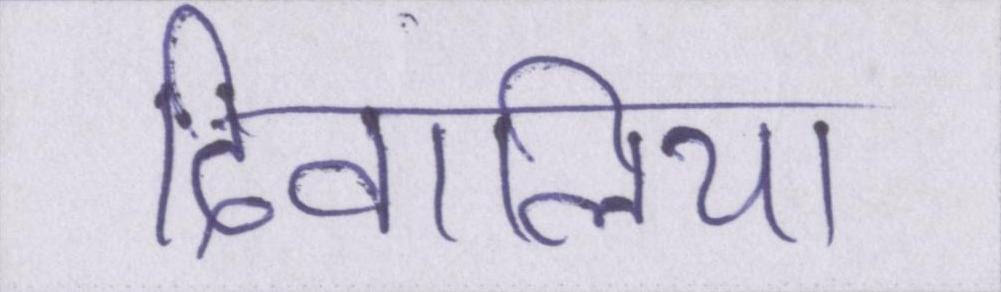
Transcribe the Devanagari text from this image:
दिवालिया